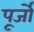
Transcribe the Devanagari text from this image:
पूर्जो